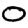
Digit: 0